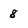
Character: 8